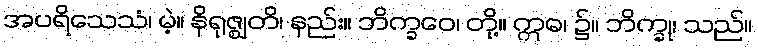
အပရိသေသံ၊ မဲ့။ နိရုဇ္ဈတိ၊ နည်း။ ဘိက္ခဝေ၊ တို့။ ဣဓ၊ ၌။ ဘိက္ခု၊ သည်။